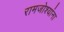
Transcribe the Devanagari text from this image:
रामजोश्यांना